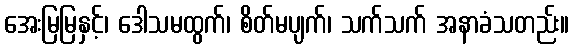
အေးမြမြနှင့်၊ ဒေါသမထွက်၊ စိတ်မပျက်၊ သက်သက် အနာခံသတည်း။